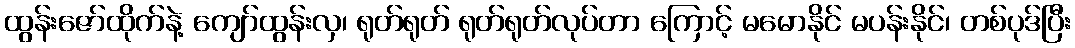
ထွန်းဇော်ထိုက်နဲ့ ကျော်ထွန်းလှ၊ ရုတ်ရုတ် ရုတ်ရုတ်လုပ်တာ ကြောင့် မမောနိုင် မပန်းနိုင်၊ တစ်ပုဒ်ပြီး